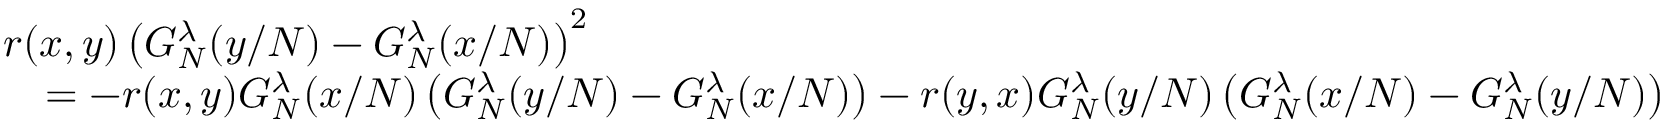
\begin{array} { r l } & { r ( x , y ) \left( G _ { N } ^ { \lambda } ( y / N ) - G _ { N } ^ { \lambda } ( x / N ) \right) ^ { 2 } } \\ & { \quad = - r ( x , y ) G _ { N } ^ { \lambda } ( x / N ) \left( G _ { N } ^ { \lambda } ( y / N ) - G _ { N } ^ { \lambda } ( x / N ) \right) - r ( y , x ) G _ { N } ^ { \lambda } ( y / N ) \left( G _ { N } ^ { \lambda } ( x / N ) - G _ { N } ^ { \lambda } ( y / N ) \right) } \end{array}